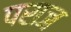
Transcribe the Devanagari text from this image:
पराज